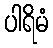
ပါရိမံ